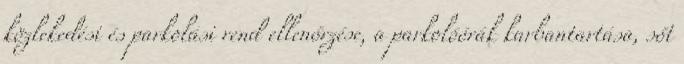
közlekedési és parkolási rend ellenőrzése, a parkolóórák karbantartása, sőt